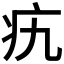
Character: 𤴦